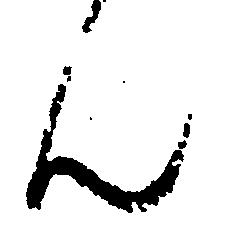
ん